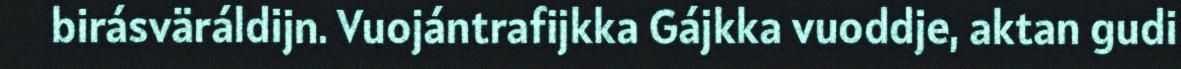
birásväráldijn. Vuojántrafijkka Gájkka vuoddje, aktan gudi